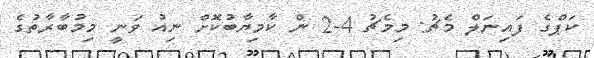
ކަޕްގެ ފައިނަލް މެޗު: މިމެޗު 4-2 ން ކާމިޔާބުކޮށް ނިއު ވަނީ މިމުބާރާތުގެ